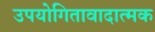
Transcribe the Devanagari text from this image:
उपयोगितावादात्मक